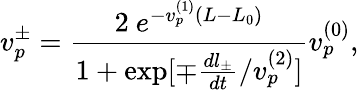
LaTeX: v_{p}^{\pm}=\frac{2\ e^{-v_{p}^{(1)}(L-L_{0})}}{1+\exp[\mp\frac{dl_{\pm}}{dt}/v_{p}^{(2)}]}v_{p}^{(0)},